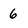
Character: 6